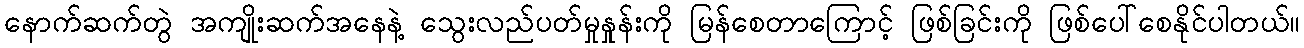
နောက်ဆက်တွဲ အကျိုးဆက်အနေနဲ့ သွေးလည်ပတ်မှုနှုန်းကို မြန်စေတာကြောင့် ဖြစ်ခြင်းကို ဖြစ်ပေါ်စေနိုင်ပါတယ်။